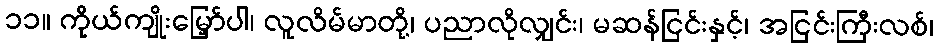
၁၁။ ကိုယ်ကျိုးမြှော်ပါ၊ လူလိမ်မာတို့၊ ပညာလိုလျှင်း၊ မဆန်ငြင်းနှင့်၊ အငြင်းကြီးလစ်၊